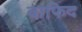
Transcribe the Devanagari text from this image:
वाफिद